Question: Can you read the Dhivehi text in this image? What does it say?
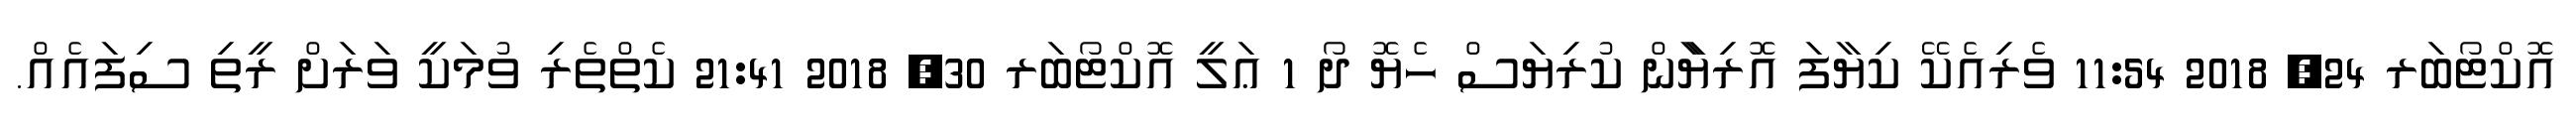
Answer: އޮކްޓޯބަރ 24, 2018 11:54 ވެރިއެކޭ ކިޔާފަ އޮރިޔަާން ކުރިޔަސް ހެޔޮ ދޯ 1 ޢަލީ އޮކްޓޯބަރ 30, 2018 21:41 ކެތްތެރި ވުމަކީ ވަރަށް ރީތި ސިފައެއް.